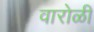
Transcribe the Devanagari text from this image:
वारोळी